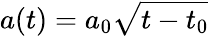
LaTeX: a(t)=a_{0}\sqrt{t-t_{0}}